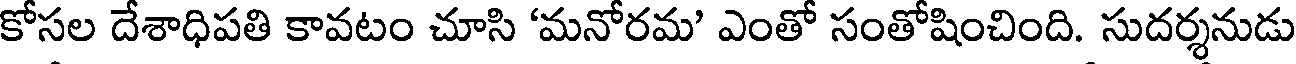
కోసల దేశాధిపతి కావటం చూసి 'మనోరమ' ఎంతో సంతోషించింది. సుదర్శనుడు